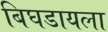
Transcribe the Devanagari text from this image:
बिघडायला